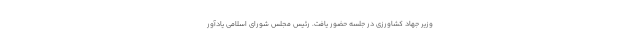
وزیر جهاد کشاورزی در جلسه حضور یافت. رئیس مجلس شورای اسلامی یادآور